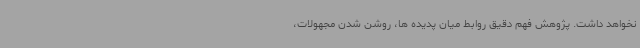
نخواهد داشت. پژوهش فهم دقیق روابط میان پدیده ها، روشن شدن مجهولات،